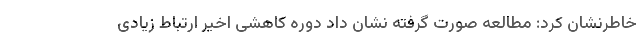
خاطرنشان کرد: مطالعه صورت گرفته نشان داد دوره کاهشی اخیر ارتباط زیادی